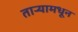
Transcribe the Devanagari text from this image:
ताऱ्यामधून